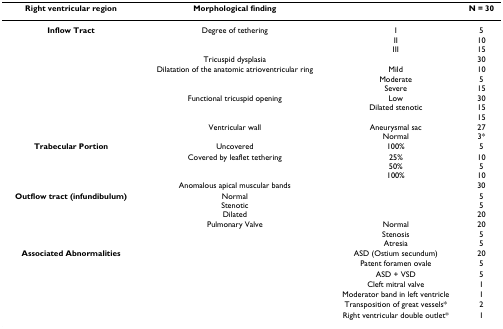
| Right ventricular region | Morphological finding |  | N = 30 |
 | --- | --- | --- | --- |
 | Inflow Tract | Degree of tethering | IIIIII | 51015 |
 |  | Tricuspid dysplasia |  | 30 |
 |  | Dilatation of the anatomic atrioventricular ring | MildModerateSevere | 10515 |
 |  | Functional tricuspid opening | LowDilated stenotic | 301515 |
 |  | Ventricular wall | Aneurysmal sacNormal | 273* |
 | Trabecular Portion | Uncovered | 100% | 5 |
 |  | Covered by leaflet tethering | 25%50%100% | 10510 |
 |  | Anomalous apical muscular bands |  | 30 |
 | Outflow tract (infundibulum) | NormalStenoticDilated |  | 5520 |
 |  | Pulmonary Valve | NormalStenosisAtresia | 2055 |
 | Associated Abnormalities |  | ASD (Ostium secundum) | 20 |
 |  |  | Patent foramen ovale | 5 |
 |  |  | ASD + VSD | 5 |
 |  |  | Cleft mitral valve | 1 |
 |  |  | Moderator band in left ventricle | 1 |
 |  |  | Transposition of great vessels* | 2 |
 |  |  | Right ventricular double outlet* | 1 |